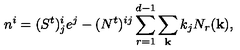
n ^ { i } = ( S ^ { t } ) _ { j } ^ { i } e ^ { j } - ( N ^ { t } ) ^ { i j } \sum _ { r = 1 } ^ { d - 1 } \sum _ { \bf k } k _ { j } N _ { r } ( { \bf k } ) ,